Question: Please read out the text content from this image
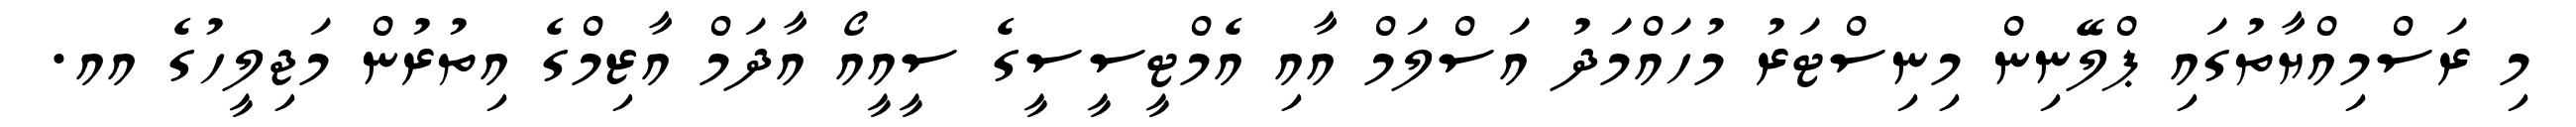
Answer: މި ރަސްމިއްޔާތުގައި ޕްލޭނިން މިނިސްޓަރު މުހައްމަދު އަސްލަމް އާއި އެމްޓީސީސީގެ ސީއީއޯ އާދަމް އާޒިމްގެ އިތުރުން މަޖިލީހުގެ އއ.